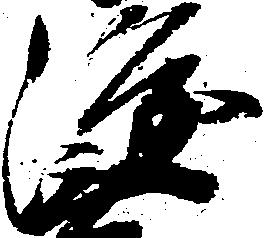
隆